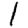
Digit: 1